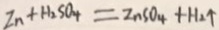
Z n + H _ { 2 } S O _ { 4 } = Z n S O _ { 4 } + H _ { 2 } \uparrow